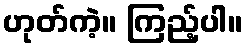
ဟုတ်ကဲ့။ ကြည့်ပါ။